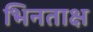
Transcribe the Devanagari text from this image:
भिनताक्ष